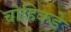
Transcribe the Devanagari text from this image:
चोहिकडे